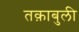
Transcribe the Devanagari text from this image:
तक़ाबुली